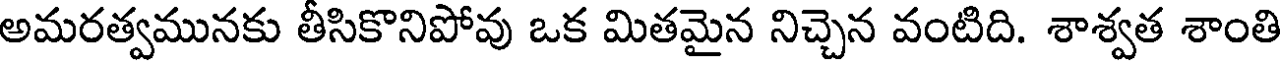
అమరత్వమునకు తీసికొనిపోవు ఒక మితమైన నిచ్చెన వంటిది. శాశ్వత శాంతి